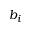
b _ { i }